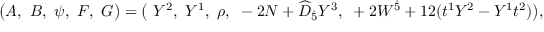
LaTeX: \big ( A , ~ B , ~ \psi , ~ F , ~ G \big ) = \big ( ~ Y ^ { 2 } , ~ Y ^ { 1 } , ~ \rho , ~ - 2 N + \widehat { \cal D } _ { \dot { 5 } } Y ^ { 3 } , ~ + 2 W ^ { \dot { 5 } } + 1 2 ( t ^ { 1 } Y ^ { 2 } - Y ^ { 1 } t ^ { 2 } ) \big ) ,